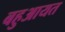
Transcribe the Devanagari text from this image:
बहुआयत